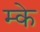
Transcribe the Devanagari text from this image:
म्के